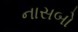
નાસબો